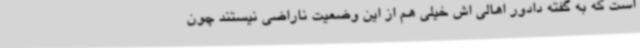
است که به گفته دادور اهالی اش خیلی هم از این وضعیت ناراضی نیستند چون